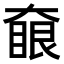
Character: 𡙵